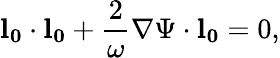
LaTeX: \mathbf{l_{0}}\cdot\mathbf{l_{0}}+\frac{2}{\omega}\nabla\Psi\cdot\mathbf{l_{0}}=0,